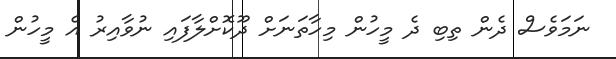
ނަމަވެސް ދެން ތިބި ދެ މީހުން މިހާތަނަށް ދޫކޮށްލާފައި ނުވާއިރު އެ މީހުން